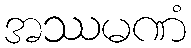
အဿမဏံ